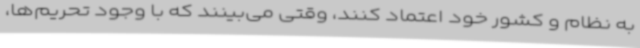
به نظام و کشور خود اعتماد کنند، وقتی می‌بینند که با وجود تحریم‌ها،